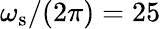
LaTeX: \omega_{\textrm{s}}/(2\pi)=25